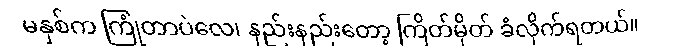
မနှစ်က ကြုံတာပဲလေ၊ နည်းနည်းတော့ ကြိတ်မှိတ် ခံလိုက်ရတယ်။